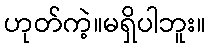
ဟုတ်ကဲ့။မရှိပါဘူး။